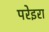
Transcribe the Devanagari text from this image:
परेइरा